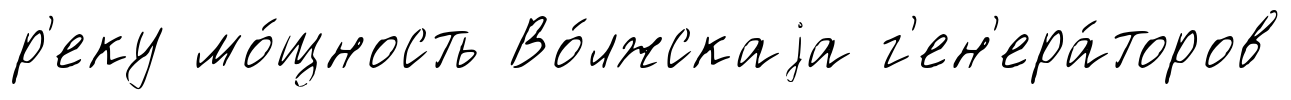
р'еку мо́щность Во́лжскаjа г'ен'ера́торов